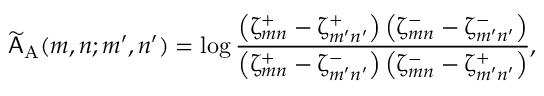
\widetilde { \mathsf { A } } _ { \mathrm { A } } ( m , n ; m ^ { \prime } , n ^ { \prime } ) = \log \frac { \left( \upzeta _ { m n } ^ { + } - \upzeta _ { m ^ { \prime } n ^ { \prime } } ^ { + } \right) \left( \upzeta _ { m n } ^ { - } - \upzeta _ { m ^ { \prime } n ^ { \prime } } ^ { - } \right) } { \left( \upzeta _ { m n } ^ { + } - \upzeta _ { m ^ { \prime } n ^ { \prime } } ^ { - } \right) \left( \upzeta _ { m n } ^ { - } - \upzeta _ { m ^ { \prime } n ^ { \prime } } ^ { + } \right) } ,